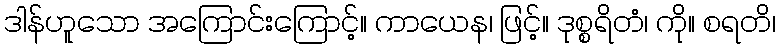
ဒါန်ဟူသော အကြောင်းကြောင့်။ ကာယေန၊ ဖြင့်။ ဒုစ္စရိတံ၊ ကို။ စရတိ၊